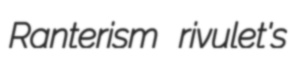
Ranterism rivulet's